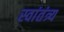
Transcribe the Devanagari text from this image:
स्वांतंत्र्य